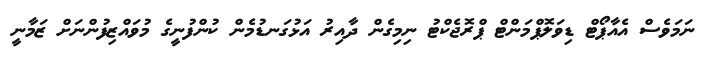
ނަމަވެސް އެއާޕޯޓް ޑިވަލޮޕްމަންޓް ޕްރޮޖެކްޓު ނިމިގެން ދާއިރު އަޅުގަނޑުމެން ކުންފުނީގެ މުވައްޒިފުންނަށް ޒަމާނީ